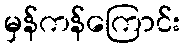
မှန်ကန်ကြောင်း